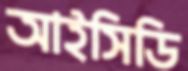
আইসিডি